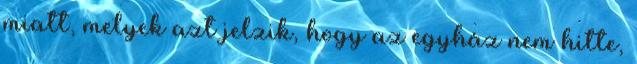
miatt, melyek azt jelzik, hogy az egyház nem hitte,